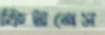
ফিটনেস